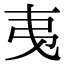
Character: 𢎯